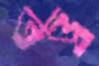
তত্ত্ব